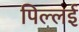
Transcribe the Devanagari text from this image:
पिल्‍लई